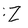
Character: Z